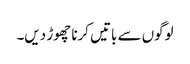
لوگوں سے باتیں کرنا چھوڑ دیں۔